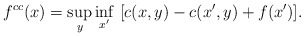
\begin{align*}f^{cc}(x)=\sup_{y}\inf_{x'}\ [c(x,y)-c(x',y)+f(x')].\end{align*}